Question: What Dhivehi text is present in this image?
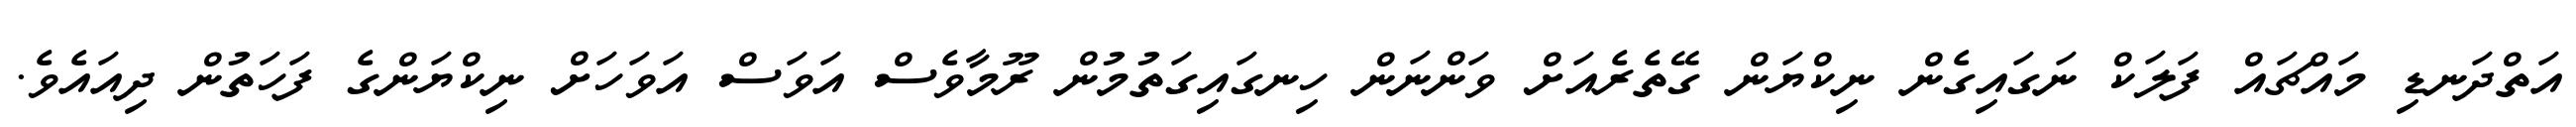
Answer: އަތްދަނޑި މައްޗައް ފަލަކް ނަގައިގެން ނިކްޔަން ގޭތެރެއަށް ވަންނަން ހިނގައިގަތުމުން ރޫމާވެސް އަވަސް އަވަހަށް ނިކްޔަންގެ ފަހަތުން ދިއައެވެ.